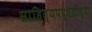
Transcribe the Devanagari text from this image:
साहित्यपद्धतीच्या